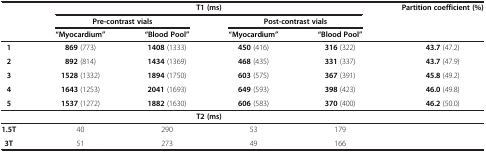
|  | <COLSPAN=4> T1 (ms) | Partition coefficient (%) |
 |  | <COLSPAN=2> Pre-contrast vials | <COLSPAN=2> Post-contrast vials |  |
 |  | “Myocardium” | “Blood Pool” | “Myocardium” | “Blood Pool” |  |
 | --- | --- | --- | --- | --- | --- |
 | 1 | 869 (773) | 1408 (1333) | 450 (416) | 316 (322) | 43.7 (47.2) |
 | 2 | 892 (814) | 1434 (1369) | 468 (435) | 331 (337) | 43.7 (47.9) |
 | 3 | 1528 (1332) | 1894 (1750) | 603 (575) | 367 (391) | 45.8 (49.2) |
 | 4 | 1643 (1253) | 2041 (1693) | 649 (593) | 398 (423) | 46.0 (49.8) |
 | 5 | 1537 (1272) | 1882 (1630) | 606 (583) | 370 (400) | 46.2 (50.0) |
 |  | <COLSPAN=4> T2 (ms) |  |
 | 1.5T | 40 | 290 | 53 | 179 |  |
 | 3T | 51 | 273 | 49 | 166 |  |